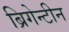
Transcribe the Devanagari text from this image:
ब्रिगेन्टीन